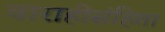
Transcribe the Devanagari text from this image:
वाराहीसंहिता